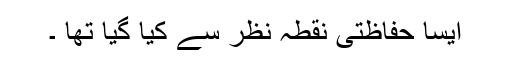
ایسا حفاظتی نقطہ نظر سے کیا گیا تھا ۔